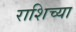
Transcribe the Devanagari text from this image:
राशिच्या